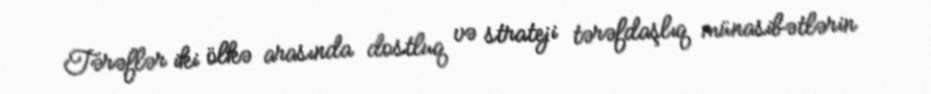
Tərəflər iki ölkə arasında dostluq və strateji tərəfdaşlıq münasibətlərin